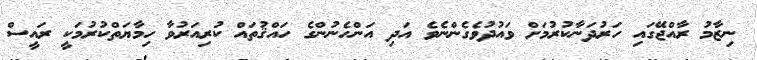
ނިޒާމު ރާއްޖޭގައި ހަރުދަނާކުރުމަށް ވައުދުވެގެންނެވެ އަދި އަންހެނުންގެ ހައްޤުތައް ކުރިއަރުވާ ހިމާޔަތްކުރުމަކީ ރައީސް